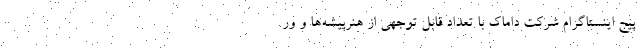
پیج اینستاگرام شرکت داماک با تعداد قابل‌ توجهی از هنرپیشه‌ها و ور